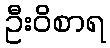
ဦးဝိစာရ